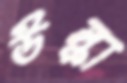
উল্কা